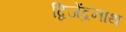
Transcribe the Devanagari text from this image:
द्विजेंद्रनाथ